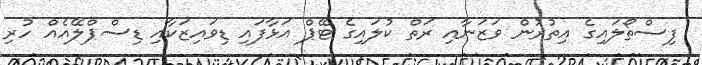
ފިސްތޯލައިގެ އިތުރުން ވަޒަނާއި ރަތް ކުލައިގެ ޓޭޕް އަޅާފައި ޑިވައިޒަކާއި ޑިސްޕްލޭއެއް ހުރި